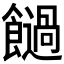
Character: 𩟂